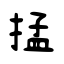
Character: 掹